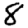
Digit: 8